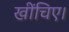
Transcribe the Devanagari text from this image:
खींचिए।